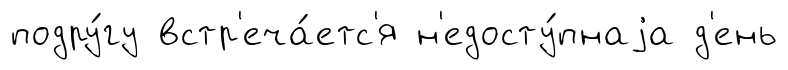
подру́гу встр'еча́етс'я н'едосту́пнаjа д'ень